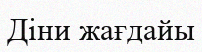
Діни жағдайы